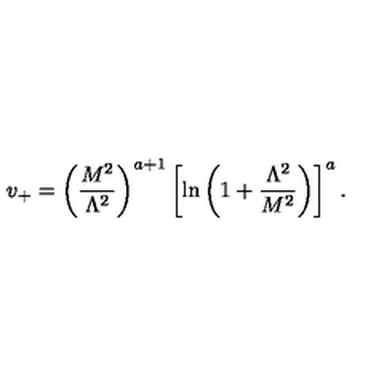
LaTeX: v _ { + } = \left( \frac { M ^ { 2 } } { \Lambda ^ { 2 } } \right) ^ { a + 1 } \left[ \ln \left( 1 + \frac { \Lambda ^ { 2 } } { M ^ { 2 } } \right) \right] ^ { a } .